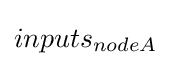
inputs_{nodeA}